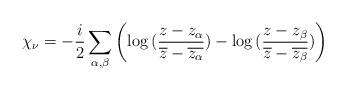
LaTeX: \begin{align*}\chi_{\nu} = -\frac{i}{2} \sum_{\alpha , \beta} \left( \log{(\frac{z-z_{\alpha}}{\overline{z} -\overline{z_{\alpha}}})} - \log{(\frac{z-z_{\beta}}{\overline{z} -\overline{z_{\beta}}})} \right)\end{align*}